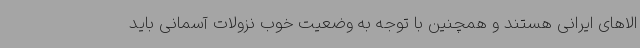
الاهای ایرانی هستند و همچنین با توجه به وضعیت خوب نزولات آسمانی باید